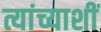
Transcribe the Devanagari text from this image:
त्यांच्याशीं